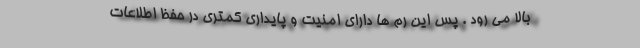
بالا می رود . پس این رم ها دارای امنیت و پایداری کمتری در حفظ اطلاعات